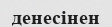
денесінен